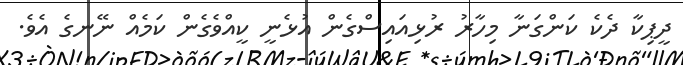
ދީޕިކާ ދެކެ ކަންގަނާ މިހާރު ރުޅިއައިސްގެން އުޅެނީ ކީއްވެގެން ކަމެއް ނޭނގެ އެވެ.